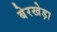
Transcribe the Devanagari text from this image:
बेरखेड़ा